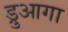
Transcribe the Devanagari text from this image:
ड्रुआगा